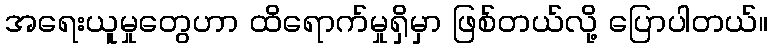
အရေးယူမှုတွေဟာ ထိရောက်မှုရှိမှာ ဖြစ်တယ်လို့ ပြောပါတယ်။